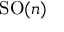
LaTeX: \mathrm { S O } ( n )